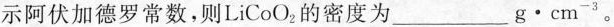
示阿伏加德罗常数，则LiCoO_{2}的密度为___g\cdot cm^{-3}。